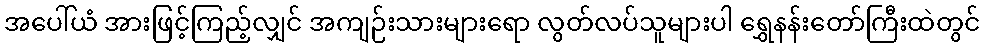
အပေါ်ယံ အားဖြင့်ကြည့်လျှင် အကျဉ်းသားများရော လွတ်လပ်သူများပါ ရွှေနန်းတော်ကြီးထဲတွင်